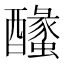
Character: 𨣰